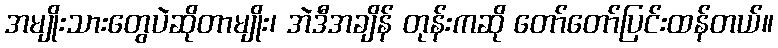
အမျိုးသားတွေပဲဆိုတာမျိုး၊ အဲဒီအချိန် တုန်းကဆို တော်တော်ပြင်းထန်တယ်။